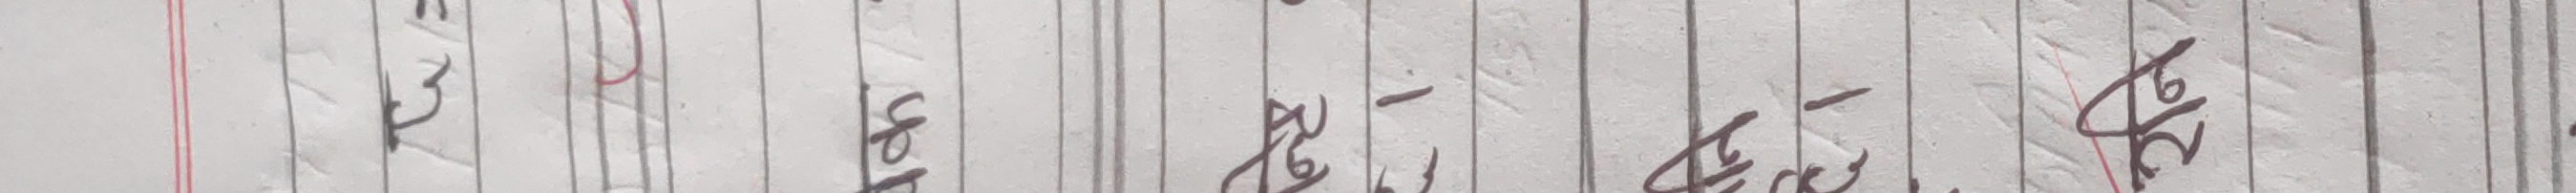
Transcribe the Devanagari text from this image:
ले भनेर